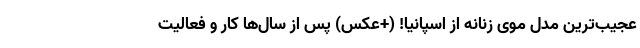
عجیب‌ترین مدل موی زنانه از اسپانیا! (+عکس) پس از سال‌ها کار و فعالیت